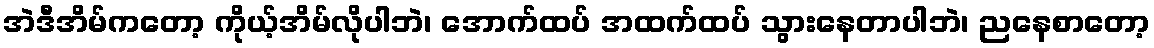
အဲဒီအိမ်ကတော့ ကိုယ့်အိမ်လိုပါဘဲ၊ အောက်ထပ် အထက်ထပ် သွားနေတာပါဘဲ၊ ညနေစာတော့